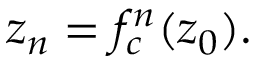
z _ { n } = f _ { c } ^ { n } ( z _ { 0 } ) .